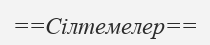
==Сілтемелер==